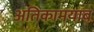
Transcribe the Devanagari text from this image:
अतिकामयाब